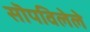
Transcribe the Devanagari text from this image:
सॊपविलेले